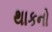
થાકનો